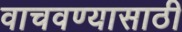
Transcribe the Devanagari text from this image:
वाचवण्‍यासाठी